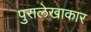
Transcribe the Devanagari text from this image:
पुरालेखाकार